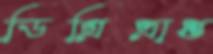
ডিগ্রিপ্রাপ্ত